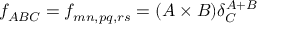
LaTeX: f _ { A B C } = f _ { m n , p q , r s } = ( A \times B ) \delta _ { C } ^ { A + B }